Report of the Bombay Veterinary College
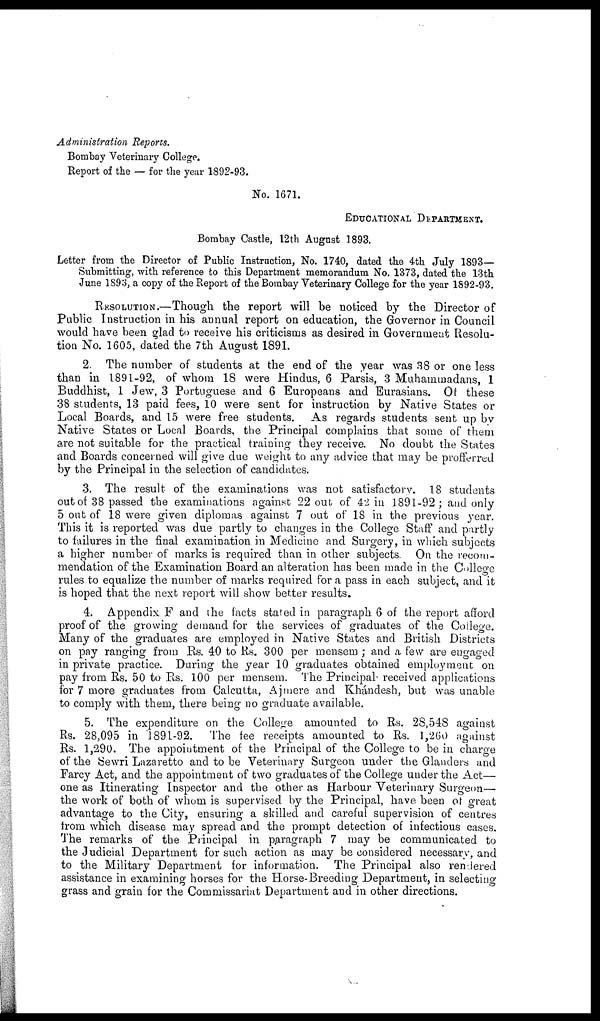
Administration Reports.
Bombay Veterinary College.
Report of the — for the year 1892-93.
No. 1671.
EDUCATIONAL DEPARTMENT.
Bombay Castle, 12th August 1893.
Letter from the Director of Public Instruction, No. 1740, dated the 4th July 1893—
Submitting, with reference to this Department memorandum No. 1373, dated the 13th
June 1893, a copy of the Report of the Bombay Veterinary College for the year 1892-93.
RESOLUTION.—Though the report will be noticed by the Director of
Public Instruction in his annual report on education, the Governor in Council
would have been glad to receive his criticisms as desired in Government Resolu-
tion No. 1605, dated the 7th August 1891.
2. The number of students at the end of the year was 38 or one less
than in 1891-92, of whom 18 were Hindus, 6 Parsis, 3 Muhammadans, 1
Buddhist, 1 Jew, 3 Portuguese and 6 Europeans and Eurasians. Of these
38 students, 13 paid fees, 10 were sent for instruction by Native States or
Local Boards, and 15 were free students. As regards students sent up by
Native States or Local Boards, the Principal complains that some of them
are not suitable for the practical training they receive. No doubt the States
and Boards concerned will give due weight to any advice that may be profferred
by the Principal in the selection of candidates.
3. The result of the examinations was not satisfactory. 18 students
out of 38 passed the examinations against 22 out of 42 in 1891-92 ; and only
5 out of 18 were given diplomas against 7 out of 18 in the previous year.
This it is reported was due partly to changes in the College Staff and partly
to failures in the final examination in Medicine and Surgery, in which subjects
a higher number of marks is required than in other subjects. On the recom-
mendation of the Examination Board an alteration has been made in the College
rules to equalize the number of marks required for a pass in each subject, and it
is hoped that the next report will show better results.
4. Appendix F and the facts stated in paragraph 6 of the report afford
proof of the growing demand for the services of graduates of the College.
Many of the graduates are employed in Native States and British Districts
on pay ranging from Rs. 40 to Rs. 300 per mensem ; and a few are engaged
in private practice. During the year 10 graduates obtained employment on
pay from Rs. 50 to Rs. 100 per mensem. The Principal received applications
for 7 more graduates from Calcutta, Ajmere and Khándesh, but was unable
to comply with them, there being no graduate available.
5. The expenditure on the College amounted to Rs. 28,548 against
Rs. 28,095 in 1891-92. The fee receipts amounted to Rs. 1,260 against
Rs. 1,290. The appointment of the Principal of the College to be in charge
of the Sewri Lazaretto and to be Veterinary Surgeon under the Glanders and
Farcy Act, and the appointment of two graduates of the College under the Act—
one as Itinerating Inspector and the other as Harbour Veterinary Surgeon—
the work of both of whom is supervised by the Principal, have been of great
advantage to the City, ensuring a skilled and careful supervision of centres
from which disease may spread and the prompt detection of infectious cases.
The remarks of the Principal in paragraph 7 may be communicated to
the Judicial Department for such action as may be considered necessary, and
to the Military Department for information. The Principal also rendered
assistance in examining horses for the Horse-Breeding Department, in selecting
grass and grain for the Commissariat Department and in other directions.